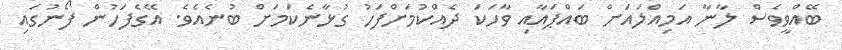
ބޭއްވީވެސް ލާނާ އަމިއްލައަށް ބައްޕައާއި ވާހަކަ ދެއްކުމަށްފަހު ގުޅާނެކަމަށް ބުނެއެވެ. އޭގެފަހުން ފޯނުގައި